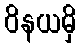
ဝိနယမှိ